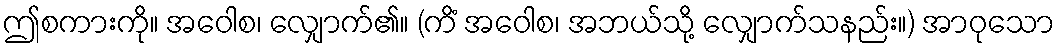
ဤစကားကို။ အဝေါစ၊ လျှောက်၏။ (ကိံ အဝေါစ၊ အဘယ်သို့ လျှောက်သနည်း။) အာဝုသော